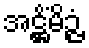
အဋ္ဌိံမိဉ္ဇံ